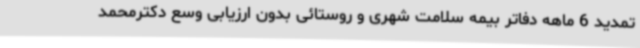
تمدید 6 ماهه دفاتر بیمه سلامت شهری و روستائی بدون ارزیابی وسع دکترمحمد